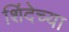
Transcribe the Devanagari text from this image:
शिंदेच्या